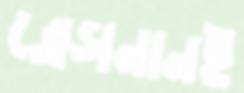
ব্রেসনানই